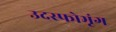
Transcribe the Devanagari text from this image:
उदस्फोभृंग